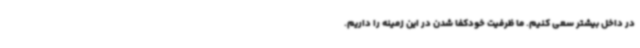
در داخل بیشتر سعی کنیم. ما ظرفیت خودکفا شدن در این زمینه را داریم.